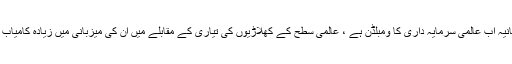
برطانیہ اب عالمی سرمایہ داری کا ومبلڈن ہے ، عالمی سطح کے کھلاڑیوں کی تیاری کے مقابلے میں ان کی میزبانی میں زیادہ کامیاب ہے۔